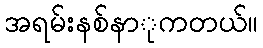
အရမ်းနစ်နာုကတယ်။